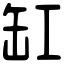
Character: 缸